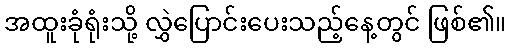
အထူးခုံရုံးသို့ လွှဲပြောင်းပေးသည့်နေ့တွင် ဖြစ်၏။